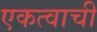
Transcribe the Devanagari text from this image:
एकत्वाची